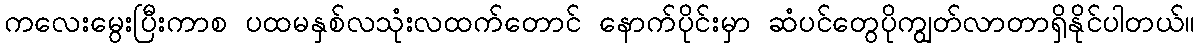
ကလေးမွေးပြီးကာစ ပထမနှစ်လသုံးလထက်တောင် နောက်ပိုင်းမှာ ဆံပင်တွေပိုကျွတ်လာတာရှိနိုင်ပါတယ်။